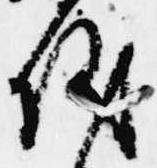
儀